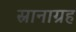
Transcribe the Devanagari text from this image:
स्नानाग्रह